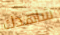
شاهدك